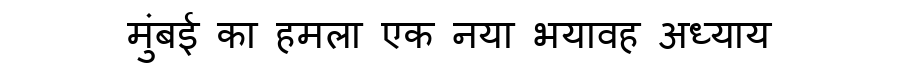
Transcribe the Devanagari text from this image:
मुंबई का हमला एक नया भयावह अध्याय